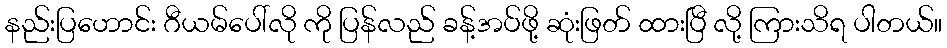
နည်းပြဟောင်း ဂီယမ်ပေါ်လို ကို ပြန်လည် ခန့်အပ်ဖို့ ဆုံးဖြတ် ထားပြီ လို့ ကြားသိရ ပါတယ်။